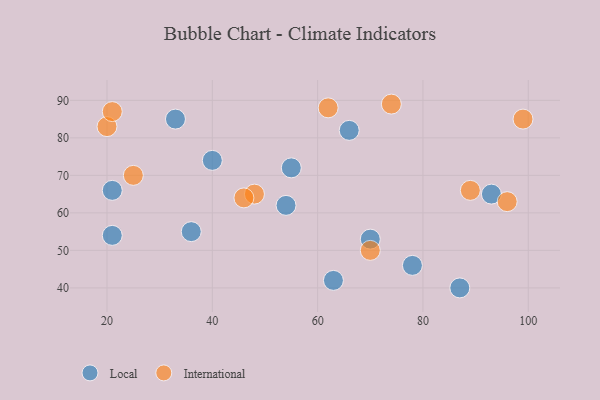
{"axis": {"x": "GDP", "y": "Life Expectancy"}, "legend": ["International", "Local"], "data": [{"x": "70", "y": 53, "type": "Local"}, {"x": "55", "y": 72, "type": "Local"}, {"x": "78", "y": 46, "type": "Local"}, {"x": "66", "y": 82, "type": "Local"}, {"x": "54", "y": 62, "type": "Local"}, {"x": "36", "y": 55, "type": "Local"}, {"x": "87", "y": 40, "type": "Local"}, {"x": "93", "y": 65, "type": "Local"}, {"x": "33", "y": 85, "type": "Local"}, {"x": "40", "y": 74, "type": "Local"}, {"x": "63", "y": 42, "type": "Local"}, {"x": "21", "y": 66, "type": "Local"}, {"x": "21", "y": 54, "type": "Local"}, {"x": "62", "y": 88, "type": "International"}, {"x": "48", "y": 65, "type": "International"}, {"x": "96", "y": 63, "type": "International"}, {"x": "74", "y": 89, "type": "International"}, {"x": "20", "y": 83, "type": "International"}, {"x": "89", "y": 66, "type": "International"}, {"x": "99", "y": 85, "type": "International"}, {"x": "21", "y": 87, "type": "International"}, {"x": "25", "y": 70, "type": "International"}, {"x": "70", "y": 50, "type": "International"}, {"x": "46", "y": 64, "type": "International"}]}